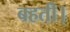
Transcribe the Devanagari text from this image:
बहती।